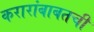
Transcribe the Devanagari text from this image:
करारांबाबतची